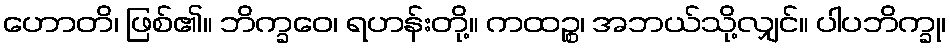
ဟောတိ၊ ဖြစ်၏။ ဘိက္ခဝေ၊ ရဟန်းတို့။ ကထဉ္စ၊ အဘယ်သို့လျှင်။ ပါပဘိက္ခု၊